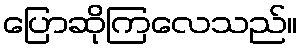
ပြောဆိုကြလေသည်။